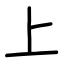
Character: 上